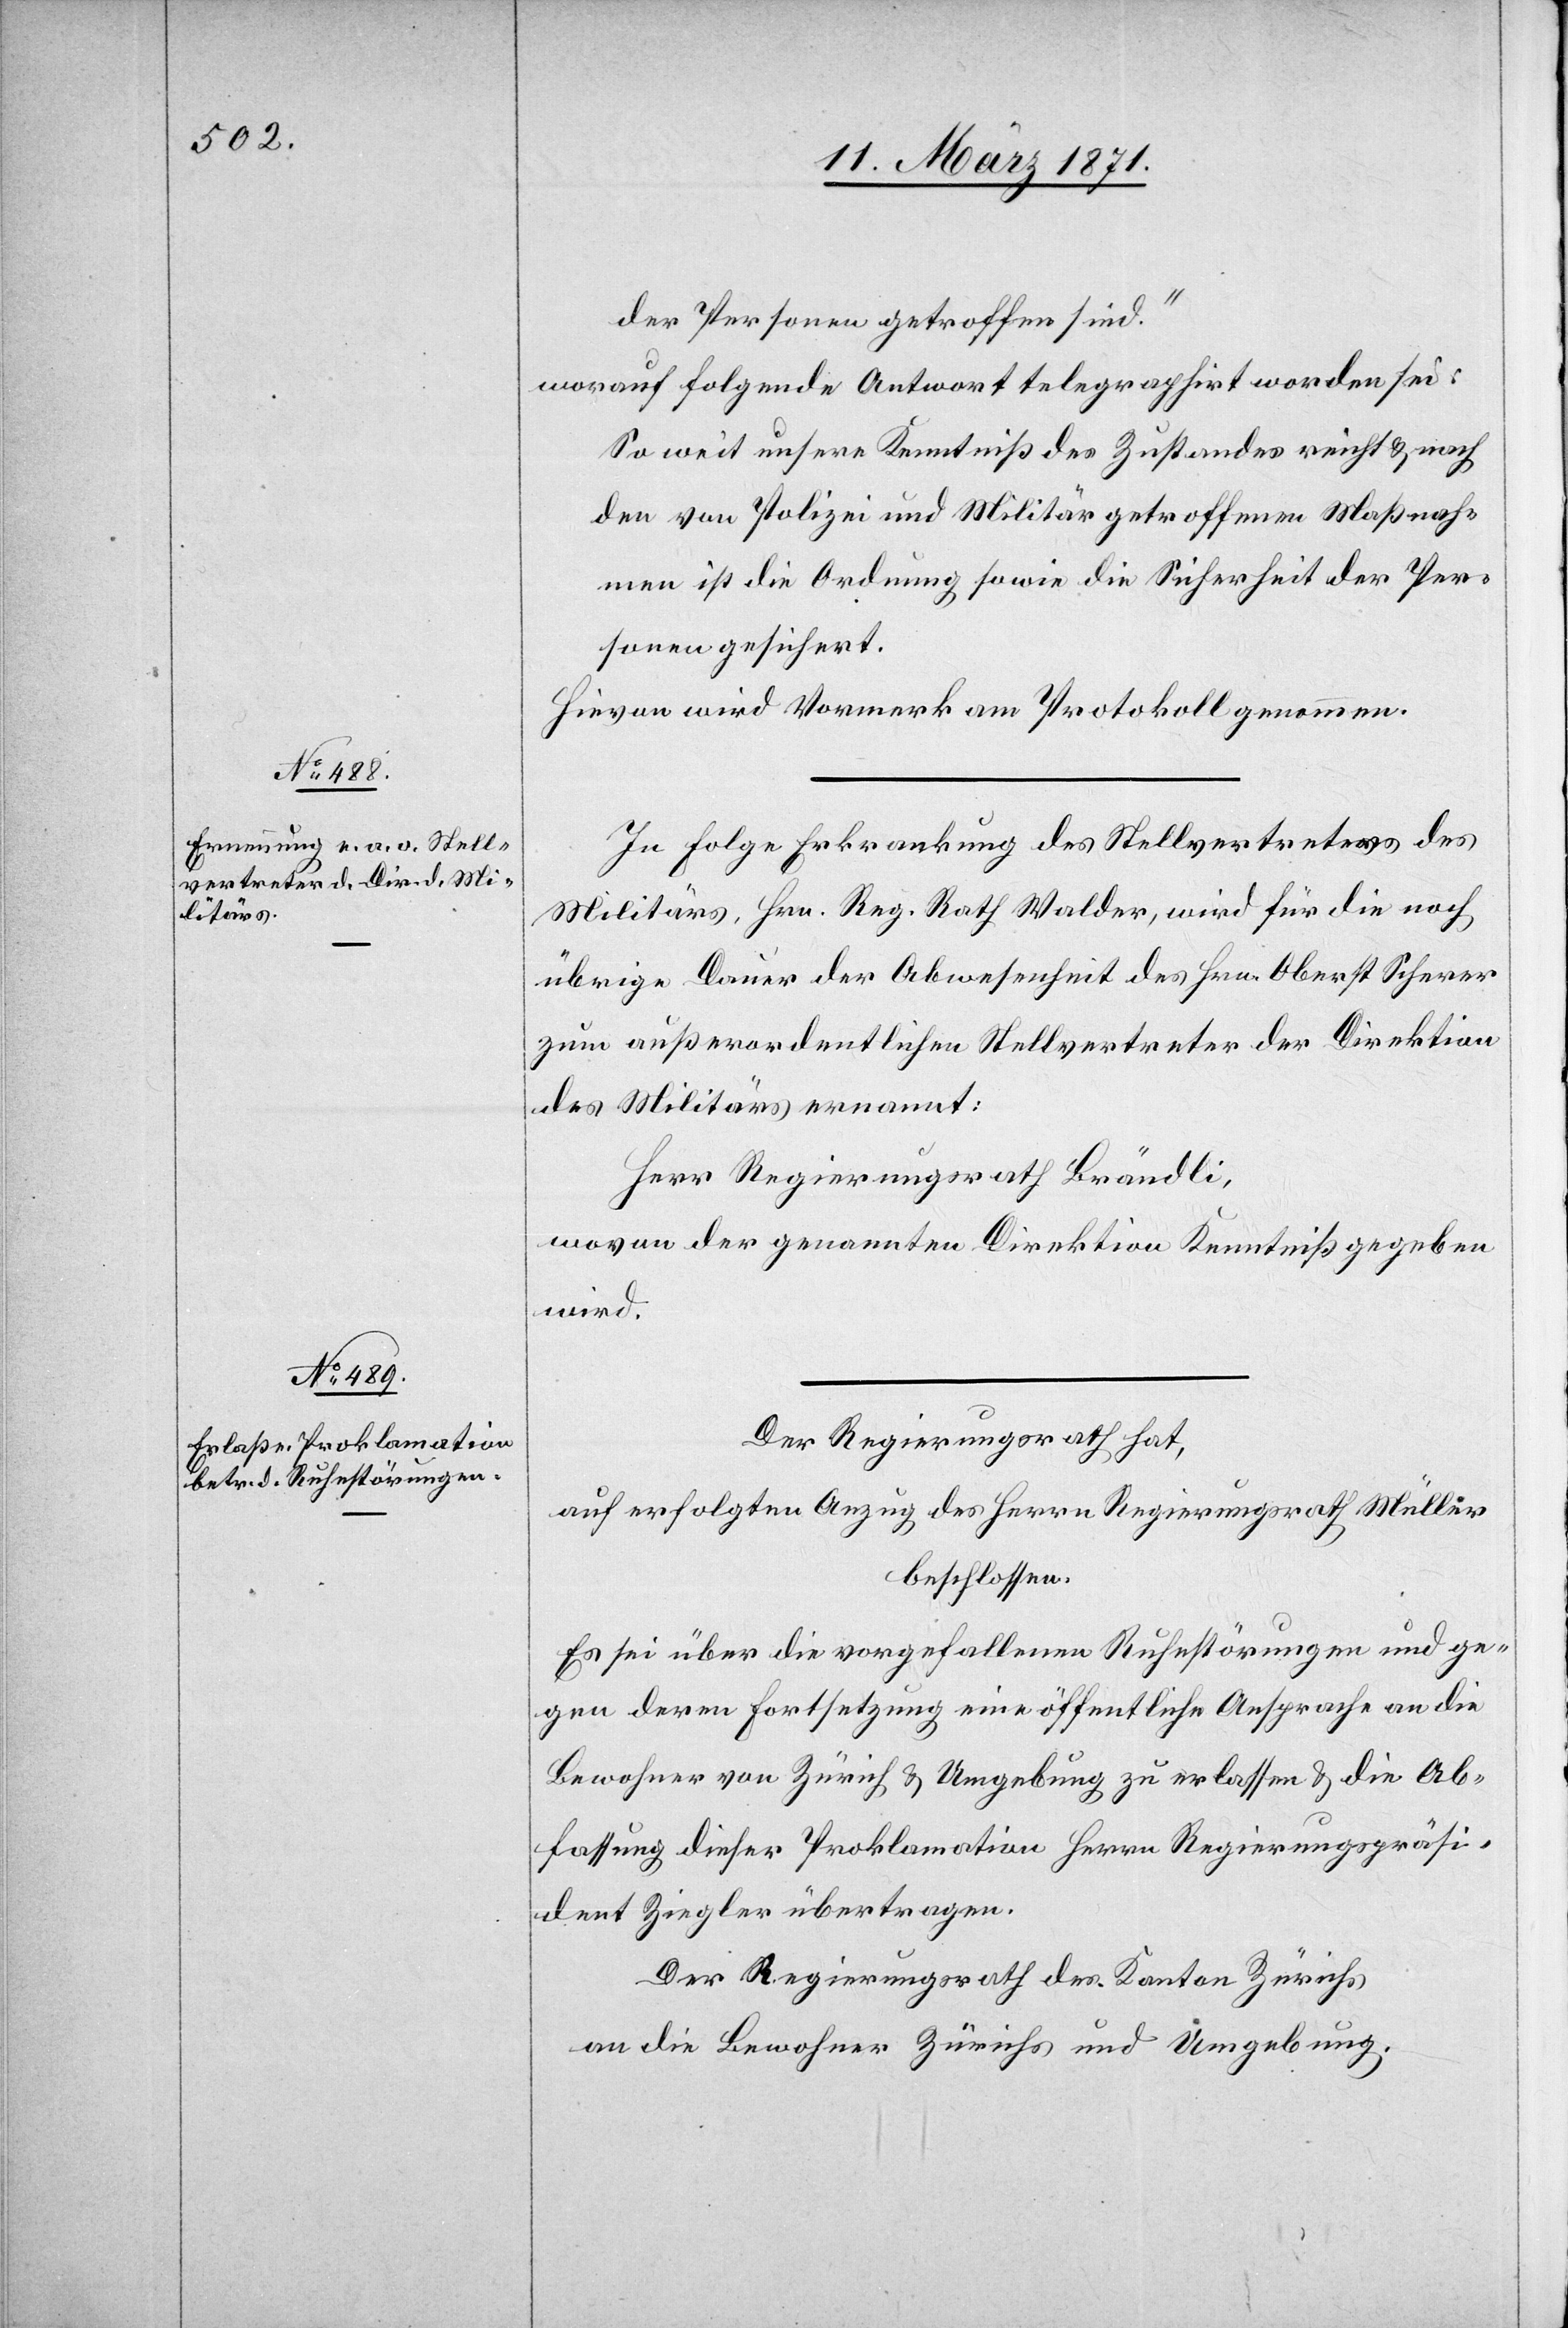
Personen getroffen sind.“
worauf folgende Antwort telegraphirt worden sei:
So weit unsere Kenntniß des Zustandes reicht u. nach
den von Polizei und Militär getroffenen Maßnah¬
men ist die Ordnung sowie die Sicherheit der Per¬
sonen gesichert.
Hievon wird Vormerk am Protokoll genommen.
In Folge Erkrankung des Stellvertreters des
Militärs, Hrn. Reg. Rath Walder, wird für die noch
übrige Dauer der Abwesenheit des Hrn. Oberst Scherer
zum außerordentlichen Stellvertreter der Direktion
des Militärs ernannt:
Herr Regierungsrath Brändli,
wovon der genannten Direktion Kenntniß gegeben
wird.
Der Regierungsrath hat,
auf erfolgten Anzug des Herrn Regierungsrath Müller
beschlossen:
Es sei über die vorgefallenen Ruhestörungen und ge¬
gen deren Fortsetzung eine öffentliche Ansprache an die
Bewohner von Zürich u. Umgebung zu erlassen u. die Ab¬
fassung dieser Proklamation Herrn Regierungspräsi¬
denten Ziegler übertragen.
Der Regierungsrath des Kanton Zürichs
an die Bewohner Zürichs und Umgebung.